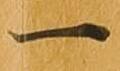
一